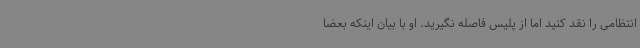
انتظامی را نقد کنید اما از پلیس فاصله نگیرید. او با بیان اینکه بعضا